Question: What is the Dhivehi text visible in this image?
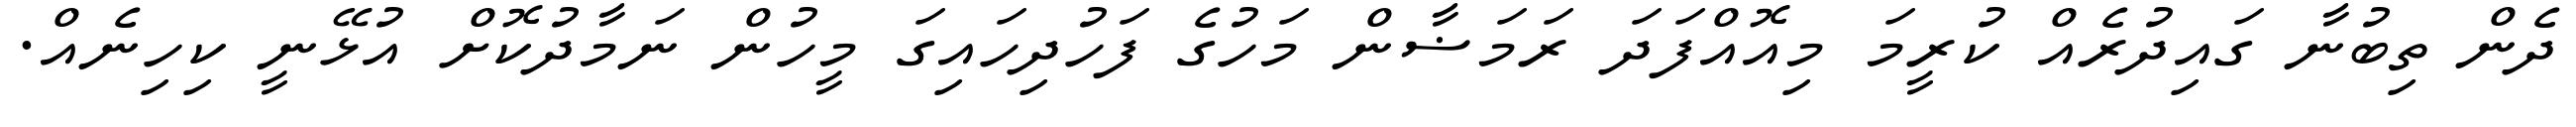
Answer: ދެން ތިބުނާ ގައިދުރެއް ކުރީމަ މިއޮއްފަދަ ރަމަޟާން މަހުގެ ފަހުދިހައިގަ މީހުން ނަމާދުކޮށް އުޅޭނީ ކިހިނެއް.